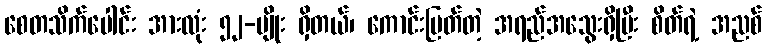
စေတသိက်ပေါင်း အားလုံး ၅၂-မျိုး ရှိတယ်၊ ကောင်းမြတ်တဲ့ အရည်အသွေးရှိပြီး စိတ်ရဲ့ အညစ်